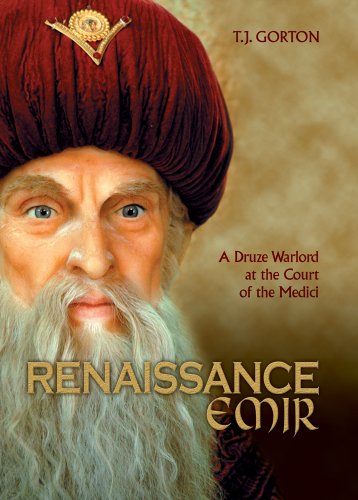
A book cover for Renaissance Emir: A Druze Warlord at the Court of the Medici; Ted Gorton; History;